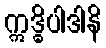
ဣဒ္ဓိပါဒါနိ